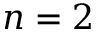
n = 2